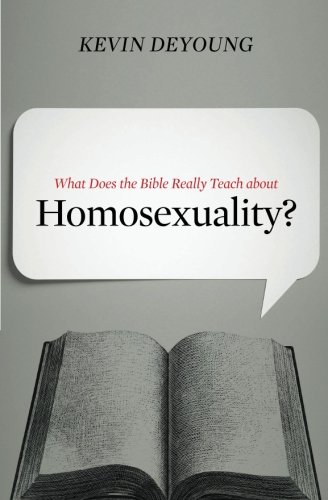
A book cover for What Does the Bible Really Teach about Homosexuality?; Kevin DeYoung; Christian Books & Bibles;